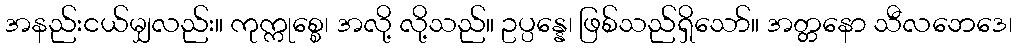
အနည်းငယ်မျှလည်း။ ကုက္ကုစ္စေ၊ အလို့ လို့သည်။ ဥပ္ပန္နေ၊ ဖြစ်သည်ရှိသော်။ အတ္တနော သီလဘေဒေ၊